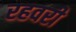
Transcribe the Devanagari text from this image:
रहवरी